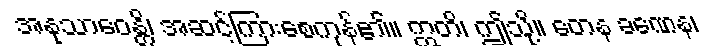
အနုသာဝေန္တိ၊ အဆင့်ကြားစေကုန်၏။ ဣတိ၊ ဤသို့။ တေန ခဏေန၊